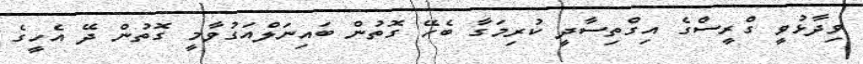
ވިދާޅުވީ ގްރީސްގެ އިގްތިސާދީ ކުރިމަގާ ބެހޭ ގޮތުން ބައިނަލްއަގުވާމީ ގޮތުން ދޭ އެހީގެ